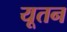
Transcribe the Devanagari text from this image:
यूतन